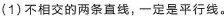
(1)不相交的两条直线，一定是平行线。